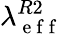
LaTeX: \lambda_{\mathrm{~e~f~f~}}^{R2}